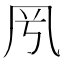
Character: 𠘵